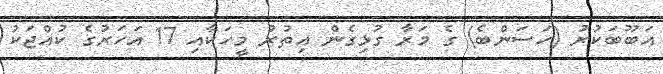
އަބޫބަކުރު (ހަސަންބެ) ގެ މަރާ ގުޅިގެން އިތުރު މީހަކާއި 17 އަހަރުގެ ކުއްޖަކު